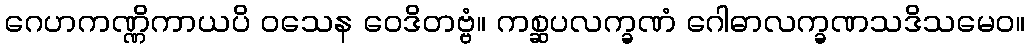
ဂေဟကဏ္ဏိကာယပိ ဝသေန ဝေဒိတဗ္ဗံ။ ကစ္ဆပလက္ခဏံ ဂေါဓာလက္ခဏသဒိသမေဝ။